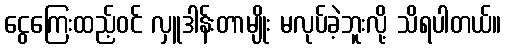
ငွေကြေးထည့်ဝင် လှူဒါန်းတာမျိုး မလုပ်ခဲ့ဘူးလို့ သိရပါတယ်။